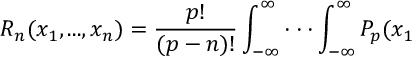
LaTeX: R _ { n } ( x _ { 1 } , . . . , x _ { n } ) = \frac { p ! } { \left( p - n \right) ! } \int _ { - \infty } ^ { \infty } \cdot \cdot \cdot \int _ { - \infty } ^ { \infty } P _ { p } ( x _ { 1 }